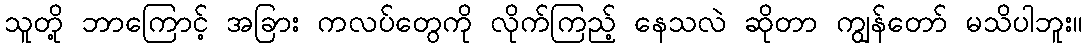
သူတို့ ဘာကြောင့် အခြား ကလပ်တွေကို လိုက်ကြည့် နေသလဲ ဆိုတာ ကျွန်တော် မသိပါဘူး။